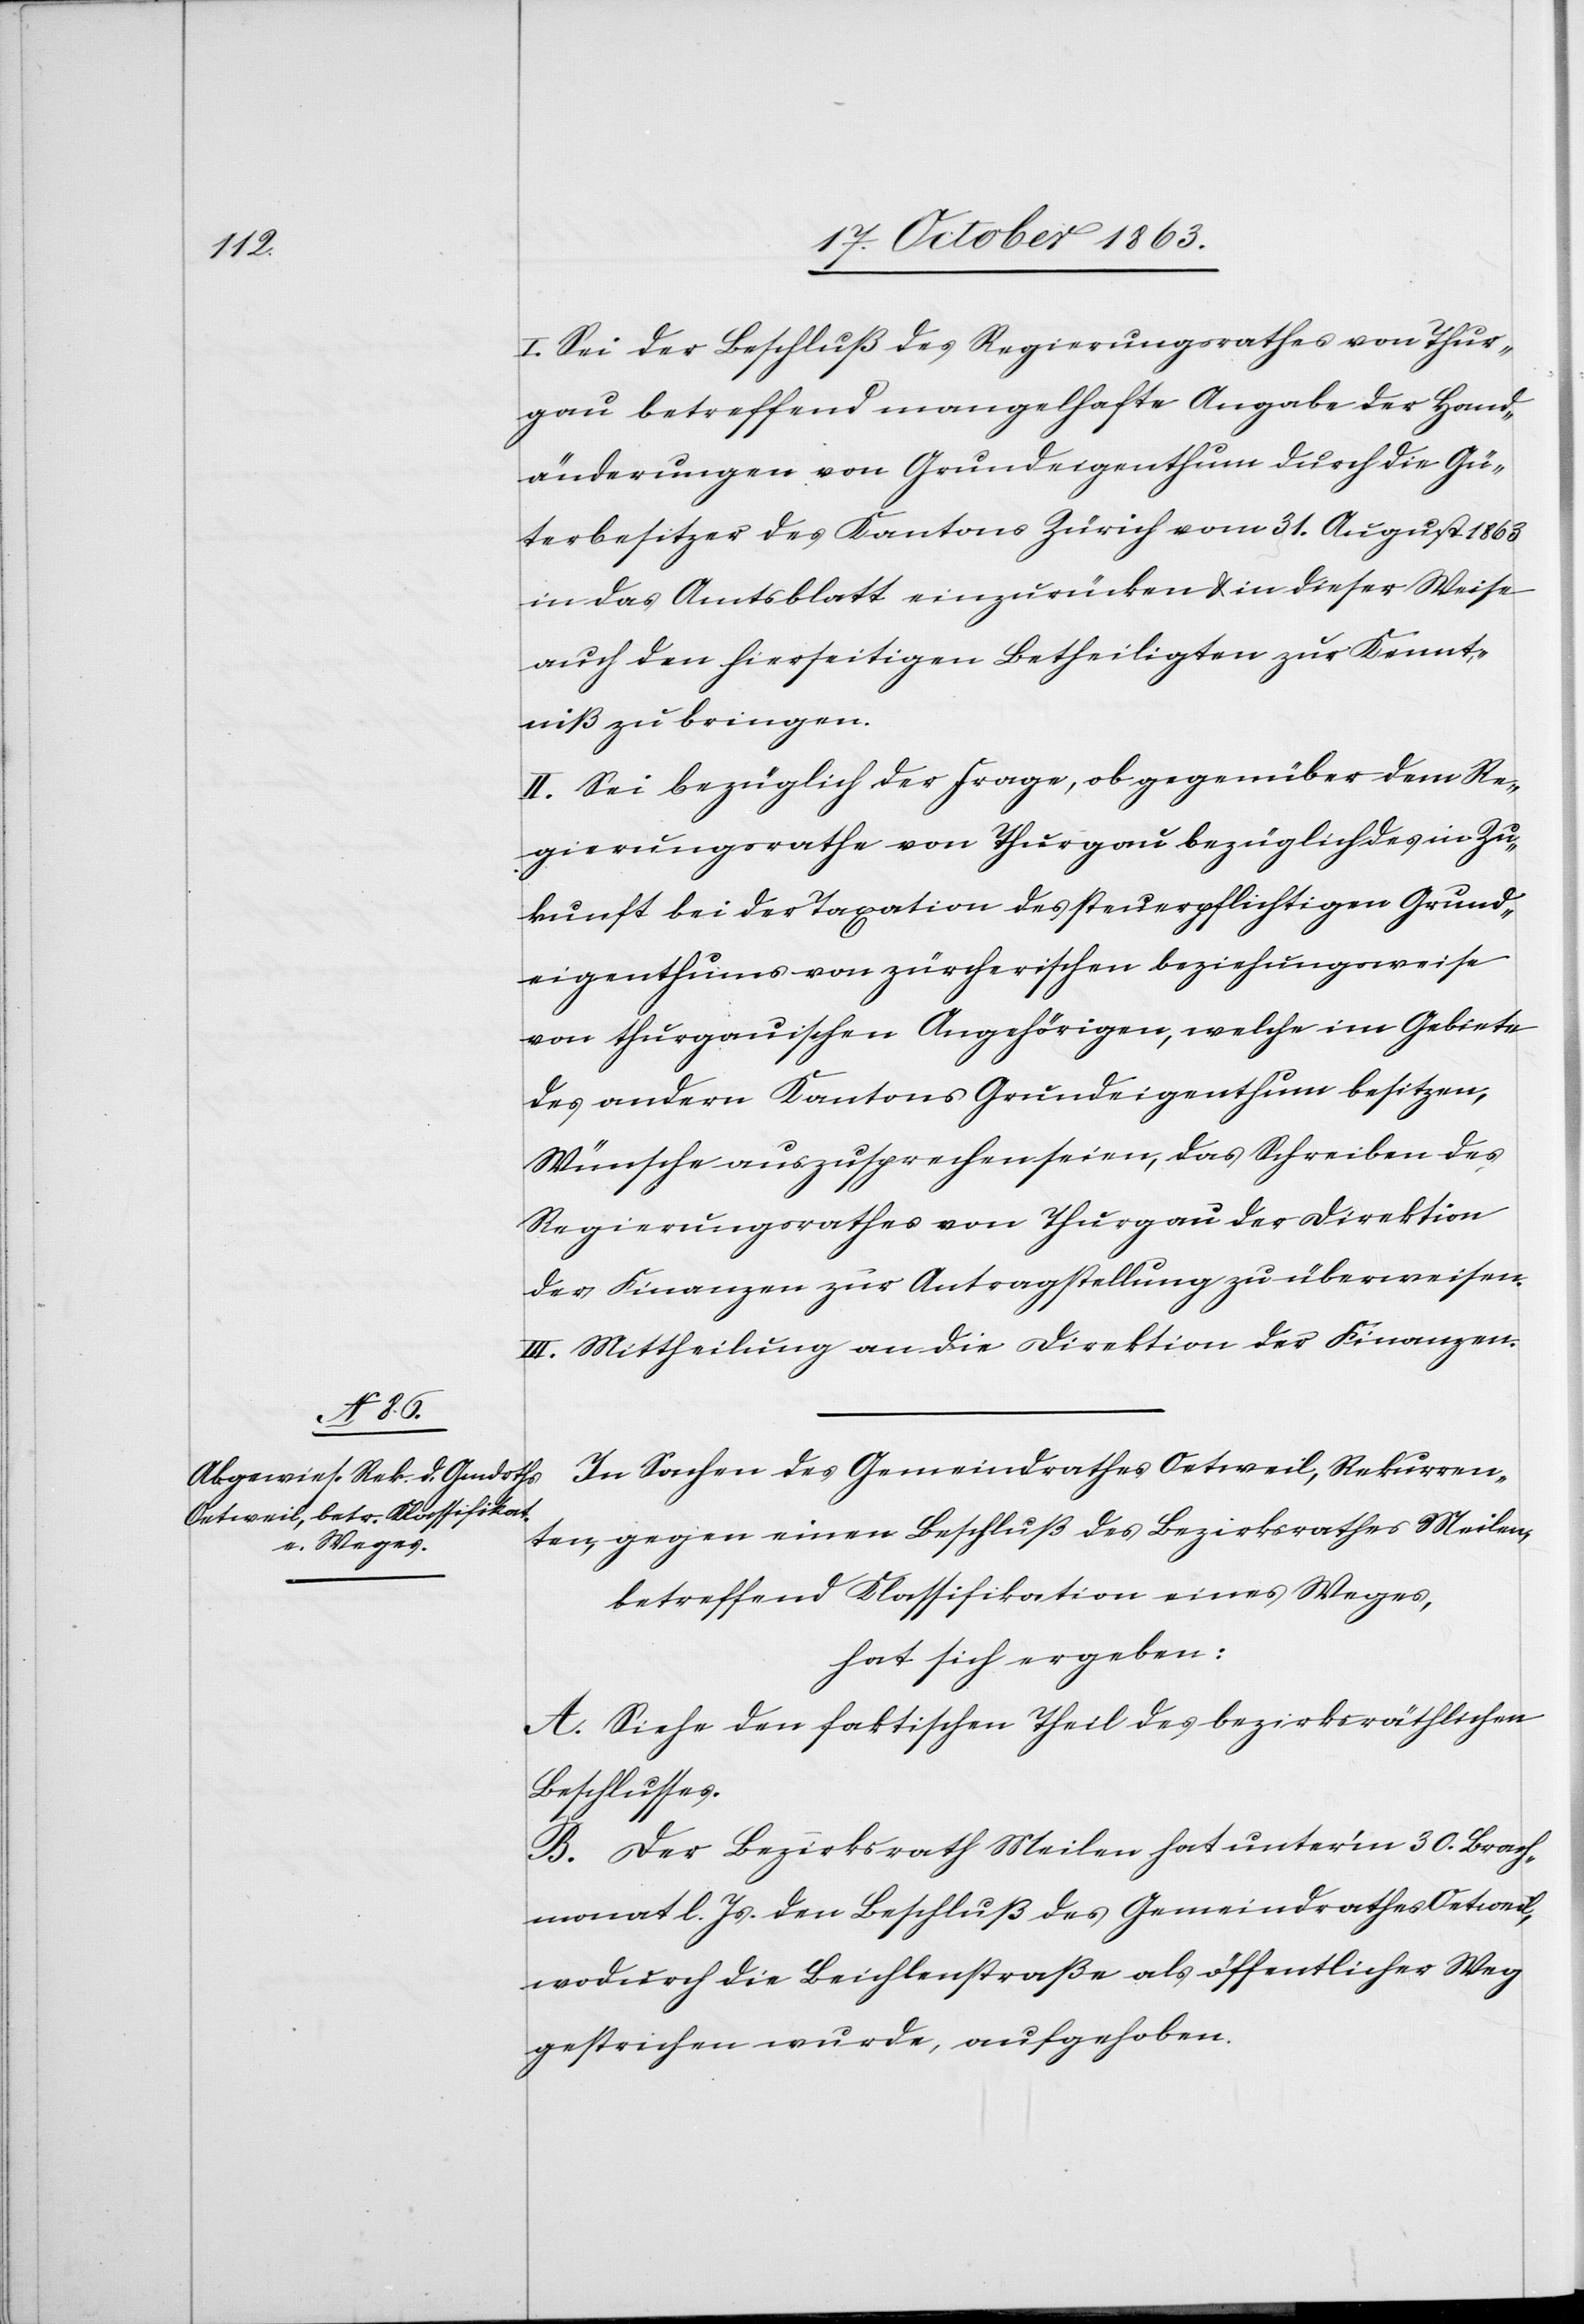
I. Sei der Beschluß des Regierungsrathes von Thur¬
gau betreffend mangelhafte Angabe der Hand¬
änderungen von Grundeigenthum durch die Gü¬
terbesitzer des Kantons Zürich vom 31. August 1863
in das Amtsblatt einzurücken & in dieser Weise
auch den hierseitigen Betheiligten zur Kennt¬
niß zu bringen.
II. Sei bezüglich der Frage, ob gegenüber dem Re¬
gierungsrathe von Thurgau bezüglich des in Zu¬
kunft bei der Taxation des steuerpflichtigen Grund¬
eigenthums von zürcherischen beziehungsweise
von thurgauischen Angehörigen, welche im Gebiete
des andern Kantons Grundeigenthum besitzen,
Wünsche auszusprechen seien, das Schreiben des
Regierungsrathes von Thurgau der Direktion
der Finanzen zur Antragstellung zu überweisen.
III. Mittheilung an die Direktion der Finanzen.
In Sachen des Gemeindrathes Oetweil, Rekurren¬
ten, gegen einen Beschluß des Bezirksrathes Meilen,
betreffend Klassifikation eines Weges,
hat sich ergeben:
A. Siehe den faktischen Theil des bezirksräthlichen
Beschlusses.
B. Der Bezirksrath Meilen hat unter'm 30. Brach¬
monat l. Js. den Beschluß des Gemeindrathes Oetweil,
wodurch die Beichlenstraße als öffentlicher Weg
gestrichen wurde, aufgehoben.